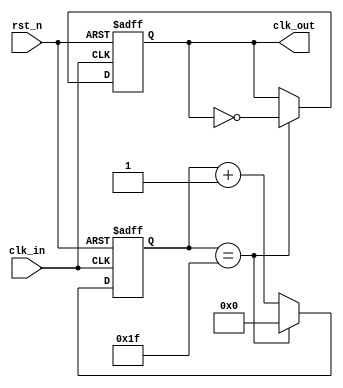
`timescale  1ns/1ps
//////////////////////////////////////////////////////////////////////////////////
// Designer : Hank.Gan
// Design Name: clk_div_64
// Description: A simple clock divider
// Dependencies: None
// Revision 1.0
// Additional Comments:
//////////////////////////////////////////////////////////////////////////////////
module clk_div_64(
    input clk_in,
    input rst_n,
    output reg clk_out
);

localparam   COUNT = 31;
 
reg  [6:0]  count;
 
always @(negedge clk_in or negedge rst_n)
begin
   if(!rst_n)
     count <= 16'b0;
   else if(count == COUNT)
     count <= 16'b0;
   else
     count <= count + 1'b1;
end

always @(negedge clk_in or negedge rst_n)
begin
    if(!rst_n)
      clk_out <= 1'b0;
    else if(count == COUNT)
      clk_out <= ~clk_out;
    else
      clk_out <= clk_out;
end
 
endmodule